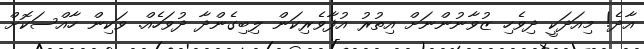
އާދެ! މިއަދަކީ ދިވެހި ޒުވާނުންނަށް އިތުރު އުފާވެރިކަން ލިބިގެންދާ ދުވަހެއް. ވަކިން ހާއްސަކޮށް